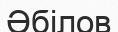
Әбілов